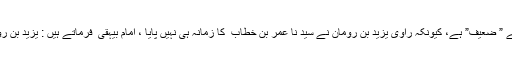
یہ روایت ” انقطاع” کی وجہ سے ” ضعیف” ہے، کیونکہ راوی یزید بن رومان نے سید نا عمر بن خطاب ؓ کا زمانہ ہی نہیں پایا ، امام بیہقی ؒ فرماتے ہیں : یزید بن رومان لم ید رک عمر بن الخطّاب۔